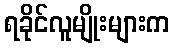
ရခိုင်လူမျိုးများက